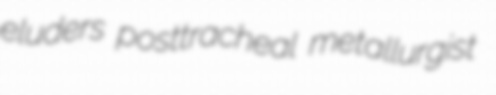
eluders posttracheal metallurgist